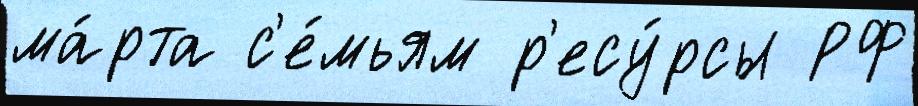
ма́рта с'е́мьям р'есу́рсы РФ